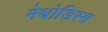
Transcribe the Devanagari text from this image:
मेथोडिस्म